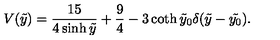
V ( \tilde { y } ) = \frac { 1 5 } { 4 \sinh { \tilde { y } } } + \frac { 9 } { 4 } - 3 \coth { \tilde { y } _ { 0 } } \delta ( \tilde { y } - \tilde { y _ { 0 } } ) .